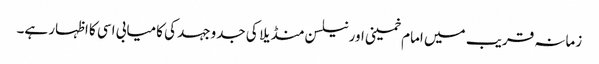
زمانہ قریب میں امام خمینی اور نیلسن منڈیلا کی جدوجہد کی کامیابی اسی کا اظہار ہے۔